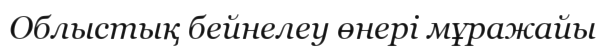
Облыстық бейнелеу өнері мұражайы